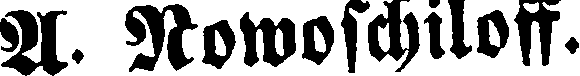
A. Rowoschiloff.